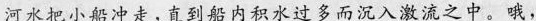
河水把小船冲走，直到船内积永过多而沉入激流之中。哦，